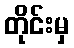
တိုင်းမှ